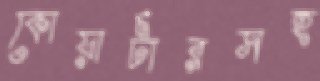
কোয়ার্টারসহ